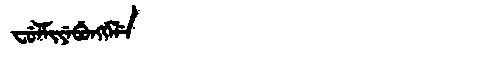
Manchu: ᠸᡠᠯᠮᡳᠶᡝᠪᡠᠩᡤᡝᠯᡝ
Romanization: FULMIYEBUNGGELE